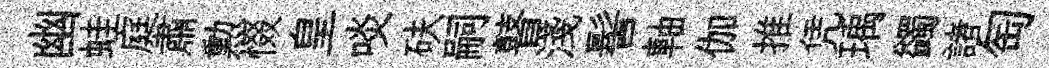
幽蛙庭肅勲惙皇啖砆嗣瞽淺髻軸伽推凭瑀蠲諸匋